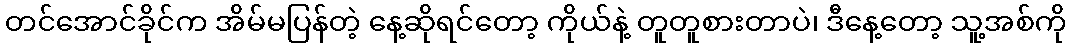
တင်အောင်ခိုင်က အိမ်မပြန်တဲ့ နေ့ဆိုရင်တော့ ကိုယ်နဲ့ တူတူစားတာပဲ၊ ဒီနေ့တော့ သူ့အစ်ကို